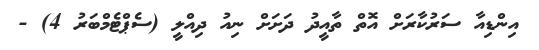
އިންޑިއާ ސަރުކާރަށް އޮތް ތާއީދު ދަށަށް ނިއު ދިއްލީ (ސެޕްޓެމްބަރު 4) -